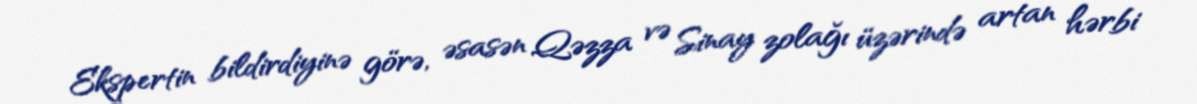
Ekspertin bildirdiyinə görə, əsasən Qəzza və Sinay zolağı üzərində artan hərbi